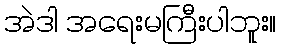
အဲဒါ အရေးမကြီးပါဘူး။